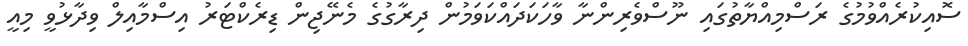
ސޮއިކުރެއްވުމުގެ ރަސްމިއްޔާތުގައި ނޫސްވެރިންނާ ވާހަކަދައްކަވަމުން ދިރާގުގެ މެނޭޖިން ޑިރެކްޓަރު އިސްމާއިލް ވިދާޅުވީ މިއީ